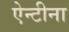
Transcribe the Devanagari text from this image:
ऐन्टीना